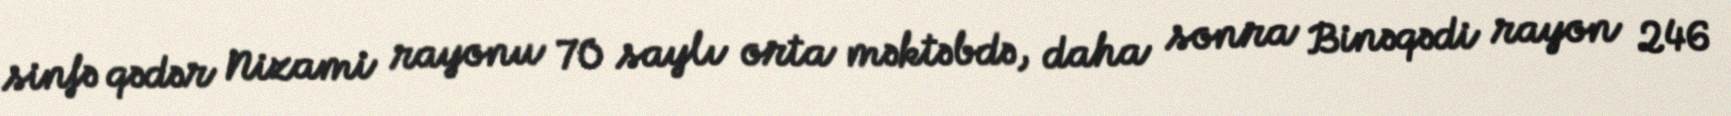
sinfə qədər Nizami rayonu 70 saylı orta məktəbdə, daha sonra Binəqədi rayon 246